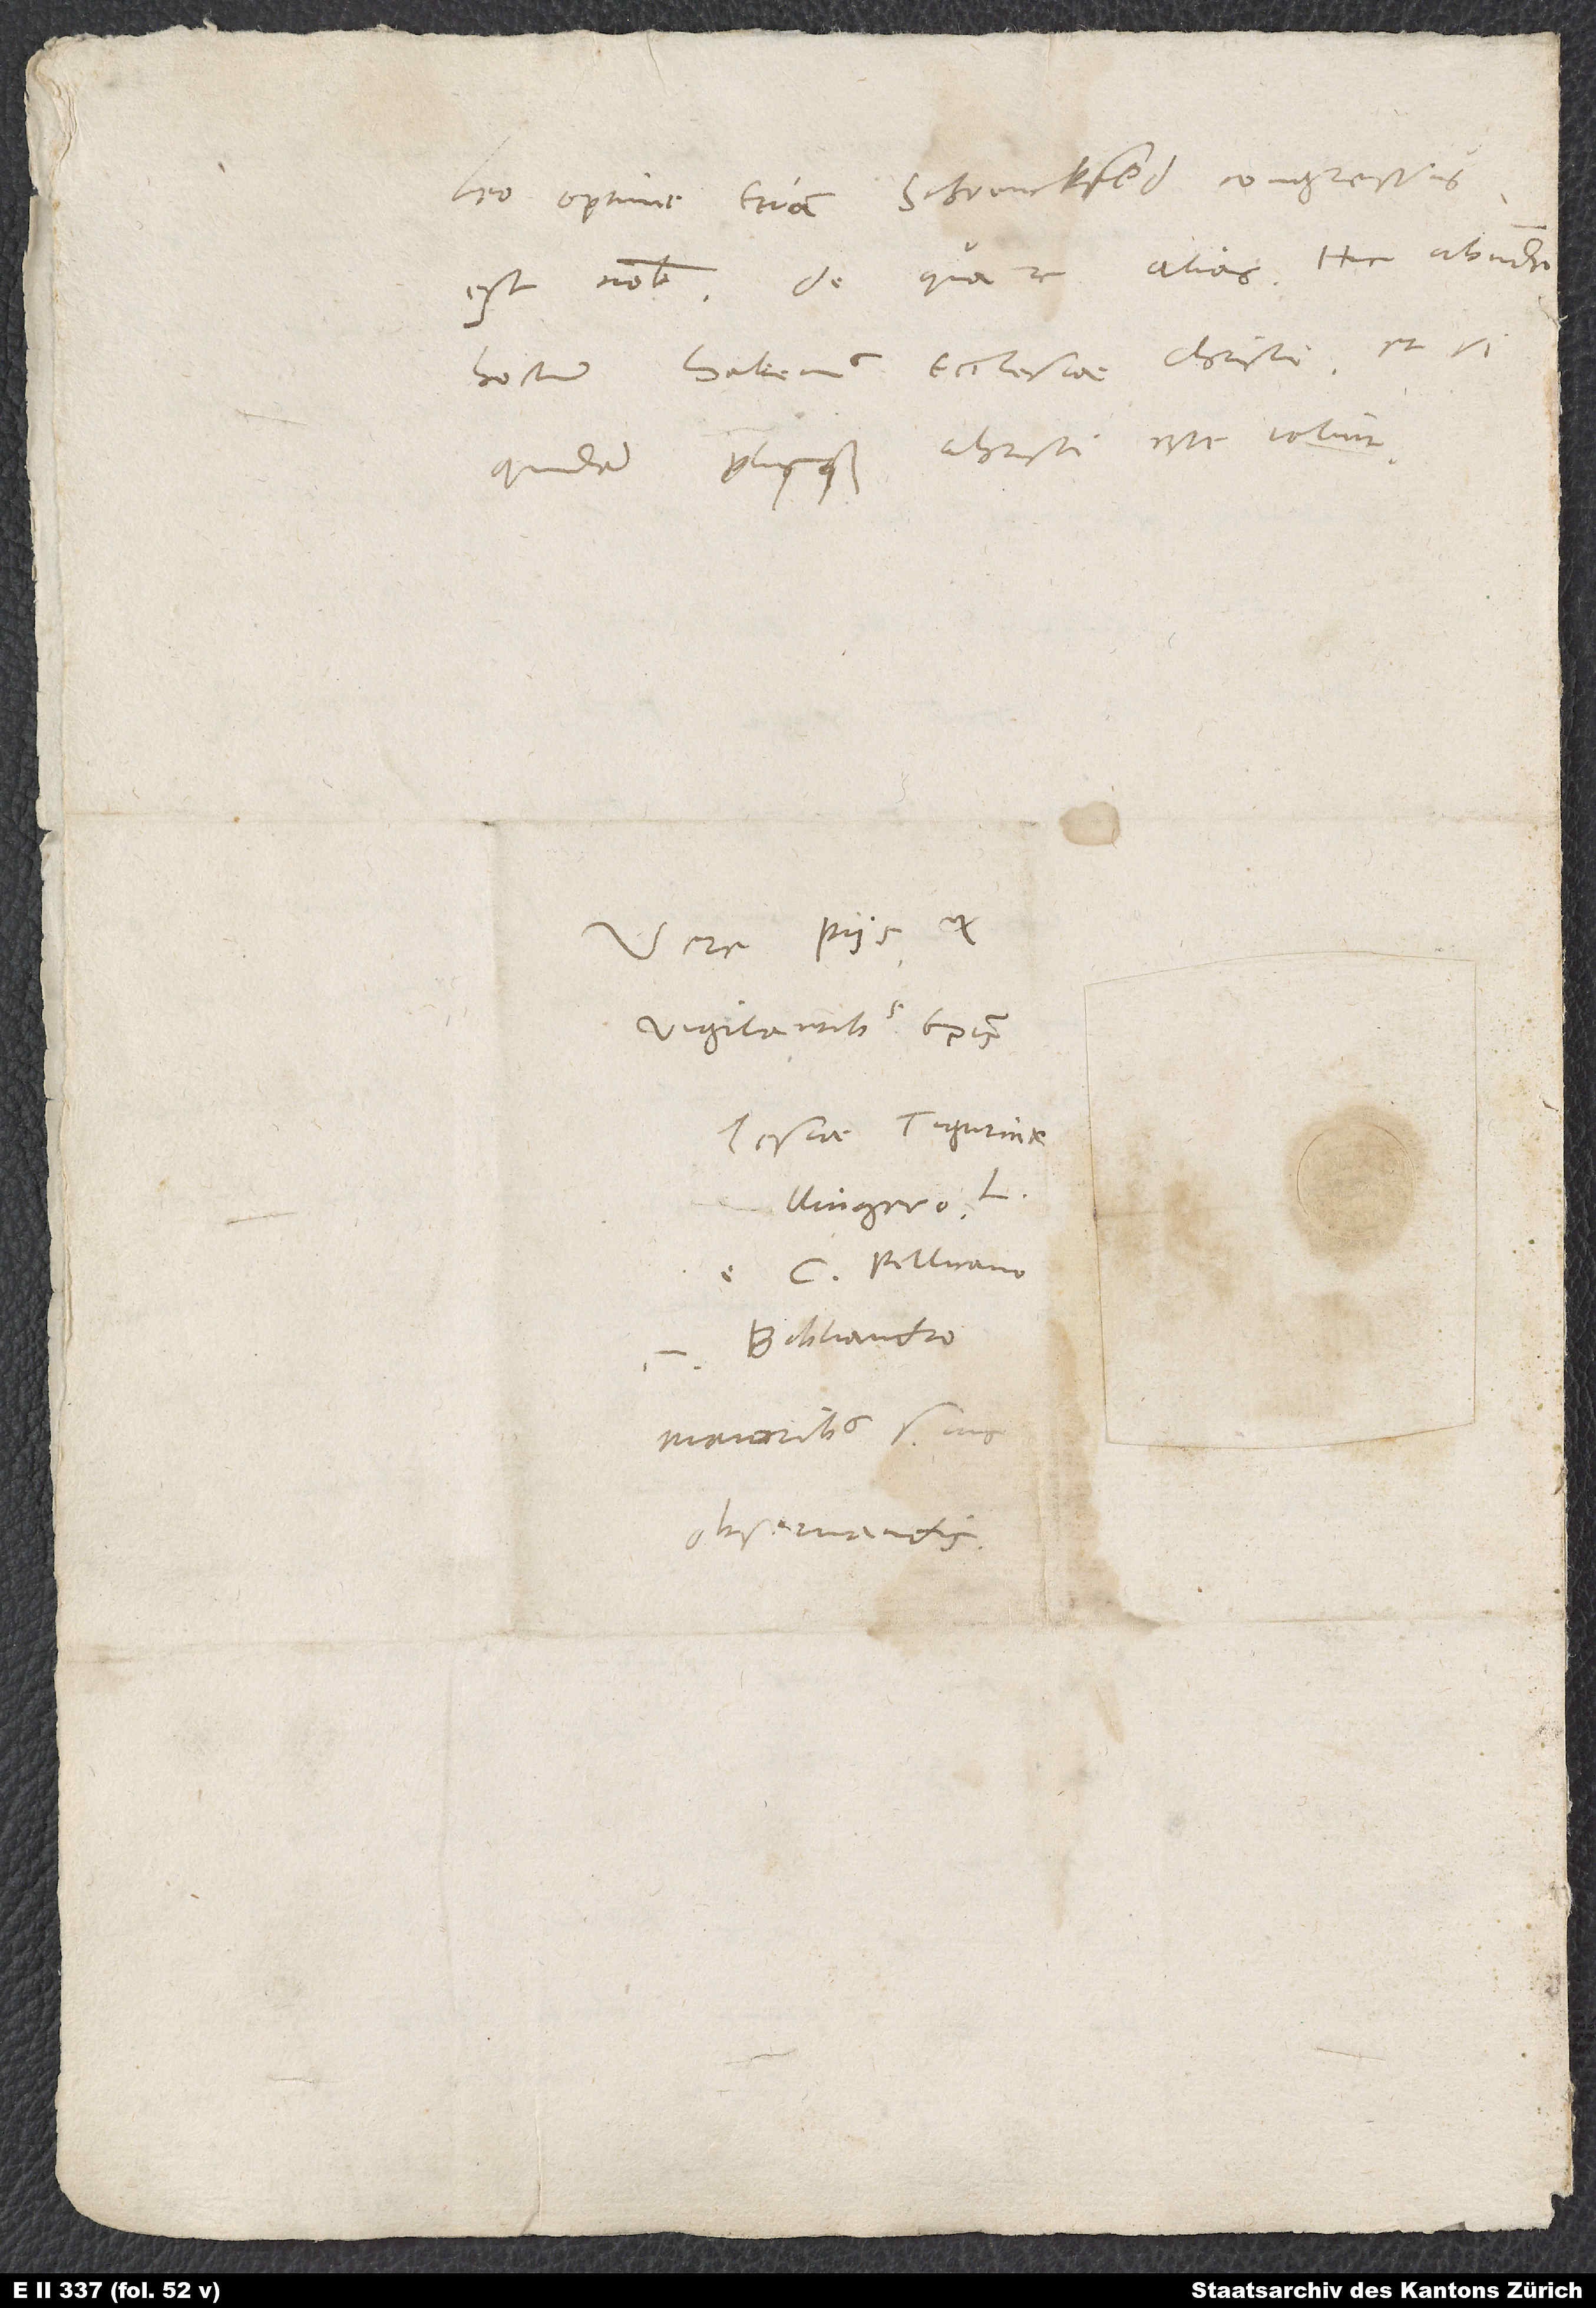
Leo optime, etiam Schvenckfeld congressus
est nobis. De qua re alias. Hic abunde
hostium habemus ecclesiae Christi, etsi
quidem plus quam Christi esse velint.
Vere piis et
Bibliandro,
maioribus suis
observandis.